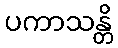
ပကာသန္တိ